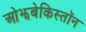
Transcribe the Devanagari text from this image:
ओझबेकिस्तॉन